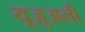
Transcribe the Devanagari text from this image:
यूज़ुअली